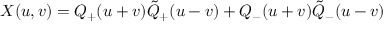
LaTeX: X ( u , v ) = Q _ { + } ( u + v ) \tilde { Q } _ { + } ( u - v ) + Q _ { - } ( u + v ) \tilde { Q } _ { - } ( u - v )